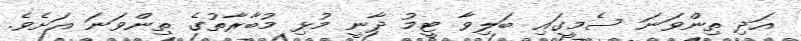
އަދި ތިންވަނަ ސެމީގައި ބަލިވާ ޓީމު ދާނީ މުޅި މުބާރާތުގެ ތިންވަނަ އަށެވެ.